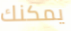
يمكنك